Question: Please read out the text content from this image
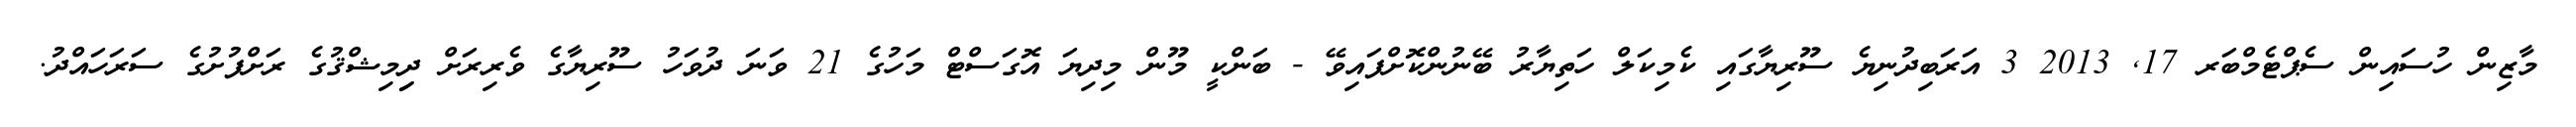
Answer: މާޒިން ހުސައިން ސެޕްޓެމްބަރ 17, 2013 3 އަރަބިދުނިޔެ ސޫރިޔާގައި ކެމިކަލް ހަތިޔާރު ބޭނުންކޮށްފައިވޭ - ބަންކީ މޫން މިދިޔަ އޮގަސްޓް މަހުގެ 21 ވަނަ ދުވަހު ސޫރިޔާގެ ވެރިރަށް ދިިމިޝްޤުގެ ރަށްފުށުގެ ސަރަހައްދު.